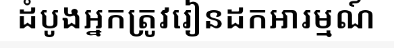
ដំបូងអ្នកត្រូវរៀនដកអារម្មណ៍